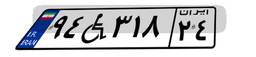
۹۴W۳۱۸۲۴